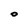
Character: 0